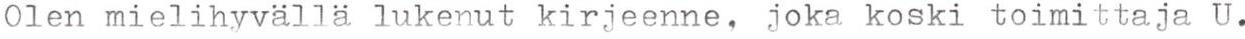
Olen mielihyvällä lukenut kirjeenne, joka koski toimittaja U.